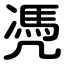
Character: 凴